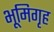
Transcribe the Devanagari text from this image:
भूमिगृह